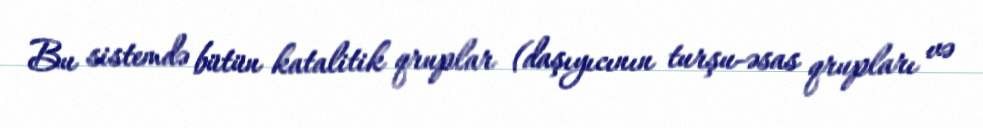
Bu sistemdə bütün katalitik qruplar (daşıyıcının turşu-əsas qrupları və